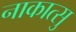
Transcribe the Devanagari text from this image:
नाकात्सु